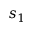
s _ { 1 }